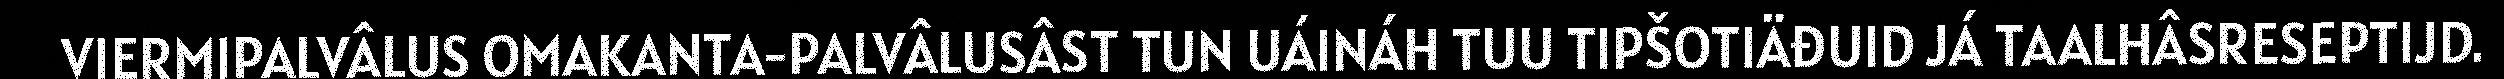
VIERMIPALVÂLUS OMAKANTA-PALVÂLUSÂST TUN UÁINÁH TUU TIPŠOTIÄĐUID JÁ TAALHÂSRESEPTIJD.